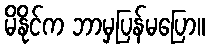
မိနိုင်က ဘာမှပြန်မပြော။